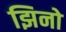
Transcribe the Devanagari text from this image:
झिनो